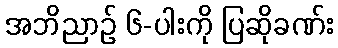
အဘိညာဉ် ၆-ပါးကို ပြဆိုခဏ်း